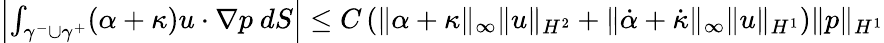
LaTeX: \begin{array}{r}{\left|\int_{\gamma^{-}\cup\gamma^{+}}(\alpha+\kappa)u\cdot\nabla p\ dS\right|\leq C\left(\| \alpha+\kappa\| _{\infty}\| u\| _{H^{2}}+\| \dot{\alpha}+\dot{\kappa}\| _{\infty}\| u\| _{H^{1}}\right)\| p\| _{H^{1}}}\end{array}